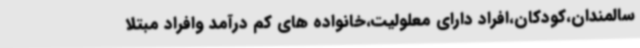
سالمندان،کودکان،افراد دارای معلولیت،خانواده های کم درآمد وافراد مبتلا